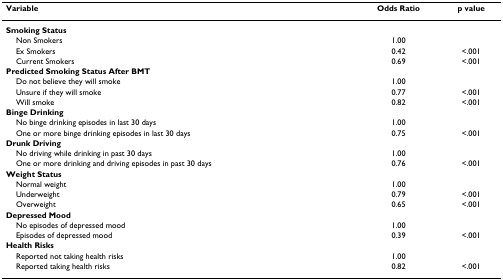
<table><thead><tr><td><b>Variable</b></td><td><b>Odds Ratio</b></td><td><b>p value</b></td></tr></thead><tbody><tr><td><b>Smoking Status</b></td><td></td><td></td></tr><tr><td> Non Smokers</td><td>1.00</td><td></td></tr><tr><td> Ex Smokers</td><td>0.42</td><td>&lt;.001</td></tr><tr><td> Current Smokers</td><td>0.69</td><td>&lt;.001</td></tr><tr><td><b>Predicted Smoking Status After BMT</b></td><td></td><td></td></tr><tr><td> Do not believe they will smoke</td><td>1.00</td><td></td></tr><tr><td> Unsure if they will smoke</td><td>0.77</td><td>&lt;.001</td></tr><tr><td> Will smoke</td><td>0.82</td><td>&lt;.001</td></tr><tr><td><b>Binge Drinking</b></td><td></td><td></td></tr><tr><td> No binge drinking episodes in last 30 days</td><td>1.00</td><td></td></tr><tr><td> One or more binge drinking episodes in last 30 days</td><td>0.75</td><td>&lt;.001</td></tr><tr><td><b>Drunk Driving</b></td><td></td><td></td></tr><tr><td> No driving while drinking in past 30 days</td><td>1.00</td><td></td></tr><tr><td> One or more drinking and driving episodes in past 30 days</td><td>0.76</td><td>&lt;.001</td></tr><tr><td><b>Weight Status</b></td><td></td><td></td></tr><tr><td> Normal weight</td><td>1.00</td><td></td></tr><tr><td> Underweight</td><td>0.79</td><td>&lt;.001</td></tr><tr><td> Overweight</td><td>0.65</td><td>&lt;.001</td></tr><tr><td><b>Depressed Mood</b></td><td></td><td></td></tr><tr><td> No episodes of depressed mood</td><td>1.00</td><td></td></tr><tr><td> Episodes of depressed mood</td><td>0.39</td><td>&lt;.001</td></tr><tr><td><b>Health Risks</b></td><td></td><td></td></tr><tr><td> Reported not taking health risks</td><td>1.00</td><td></td></tr><tr><td> Reported taking health risks</td><td>0.82</td><td>&lt;.001</td></tr></tbody></table>